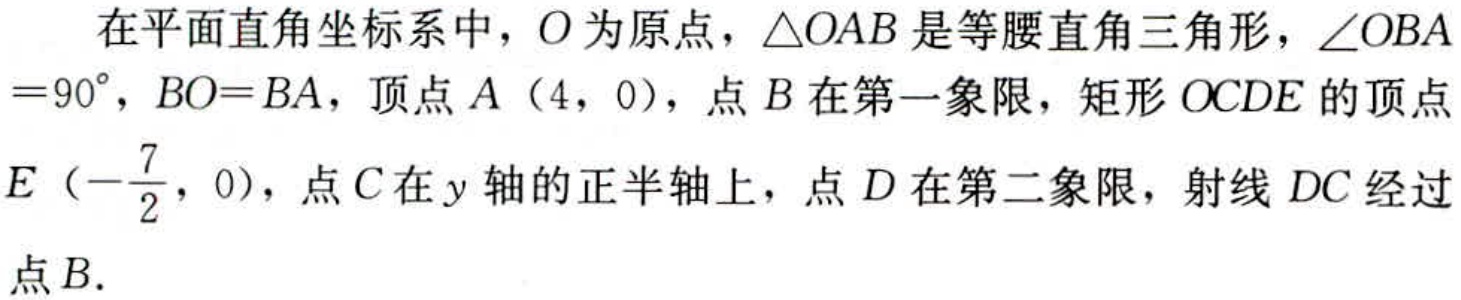
在平面直角坐标系中，\(O\)为原点，\(\triangle OAB\)是等腰直角三角形，\(\angle OBA = 90^{\circ}\)，\(BO = BA\)，顶点\(A(4,0)\)，点\(B\)在第一象限，矩形\(OCDE\)的顶点\(E\left(-\dfrac{7}{2},0\right)\)，点\(C\)在\(y\)轴的正半轴上，点\(D\)在第二象限，射线\(DC\)经过点\(B\).